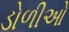
ડોળીઓ